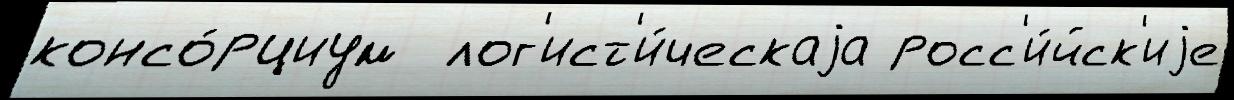
консо́рциум  лог'ист'и́ческаjа росс'и́йск'иjе